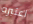
اعتبره